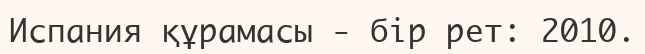
Испания құрамасы - бір рет: 2010.